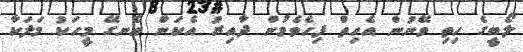
ލޯބީގެ ހިތި ވޭނުން އެހިތް ފިހެވެމުން ދާއިރު އެކަން އެނގޭ މީހަކު މަލަކާ